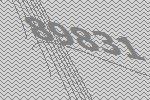
89831